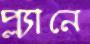
প্ল্যানে